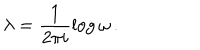
\lambda = \frac { 1 } { 2 \pi i } \log { \omega } \, .